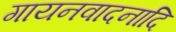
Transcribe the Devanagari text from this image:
गायनवादनादि